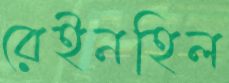
রেইনহিল